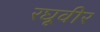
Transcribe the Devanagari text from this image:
रघूवीर